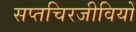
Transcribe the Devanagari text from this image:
सप्तचिरजीवियों